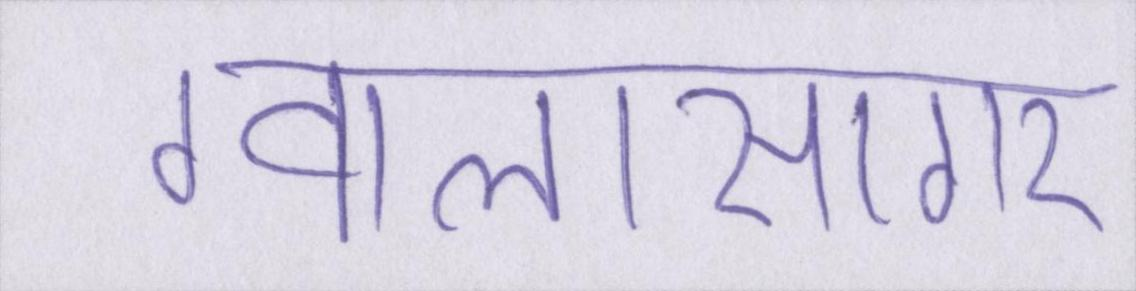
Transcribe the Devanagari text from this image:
ग्वालासागर